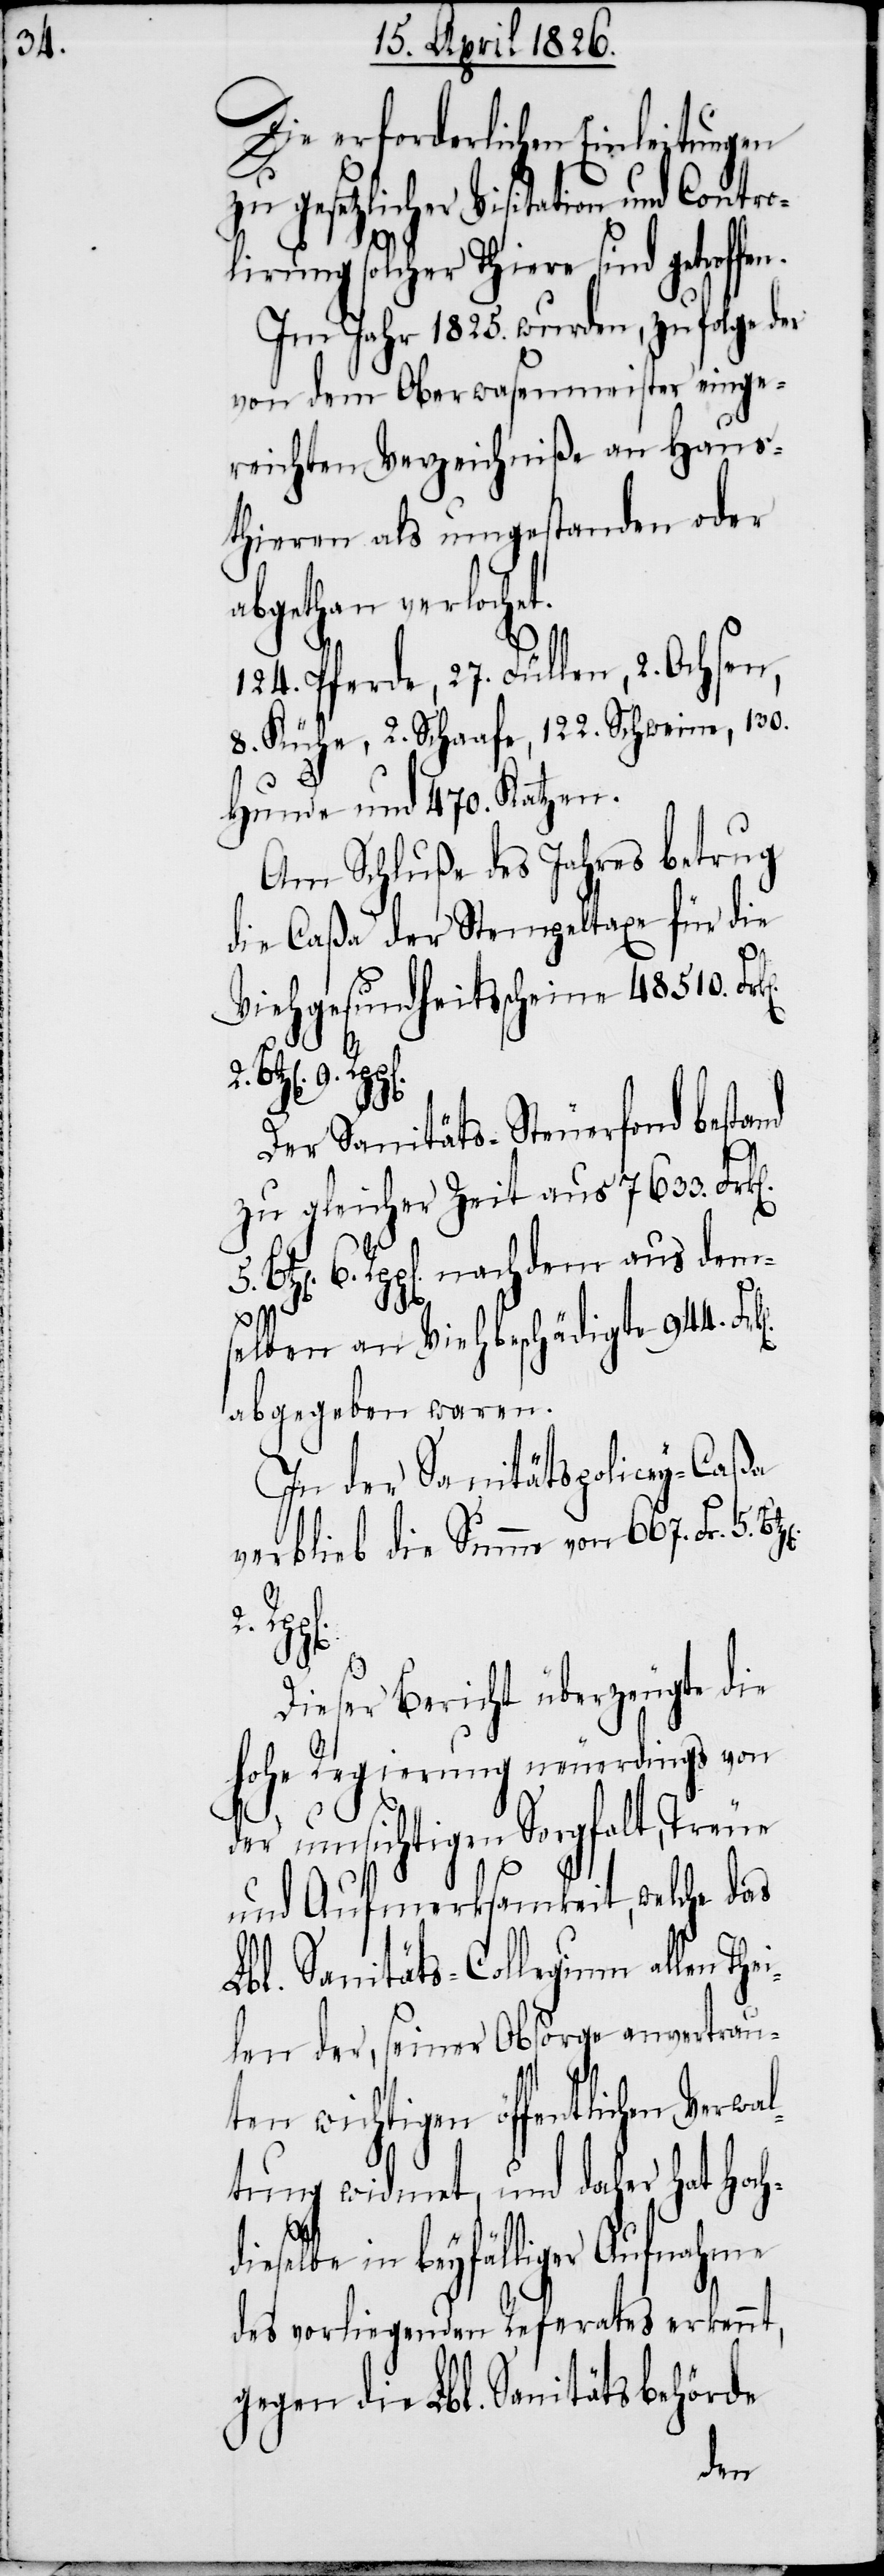
Die erforderlichen Einleitungen
gesetzlicher Visitation und Contro¬
Im Jahr 1825. wurden, zufolge der
von dem Oberwasenmeister einge¬
reichten Verzeichniße an Haus¬
thieren als umgestanden oder
abgethan verlochet.
124. Pferde, 27. Füllen, 2. Ochsen,
8. Kühe, 2. Schaafe, 122. Schweine, 130.
Hunde und 470. Katzen.
Am Schluße des Jahres betrug
die Caßa der Stempeltaxe für die
Viehgesundheitsscheine 48 510. Fr¬
solcher Thie¬
Der Sanitäts-Steuerfond bestand
zu gleicher Zeit aus 7633. Fr¬
6. Rpp[en] nachdem aus dem¬
selben an Viehbeschädigte 944. Fr¬
abgegeben waren.
In der Sanitätspolicey-Caßa
verblieb die Summe von 667. Frk[en].
Verwa¬
Dieser Bericht überzeugte die
hohe Regierung neuerdings von
5.
en wichtigen öffentlichen
und Aufmerksamkeit, welche das
Lbl. Sanitäts-Collegium allen Th¬
len der, seiner Obsorge anvertraut¬
ltung widmet, und daher hat Hoch¬
dieselbe in beyfälliger Aufnahme
des vorliegenden Referates erkennt,
gegen die Lbl. Sanitätsbehörde
der